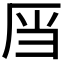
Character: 𮰑